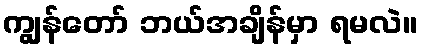
ကျွန်တော် ဘယ်အချိန်မှာ ရမလဲ။